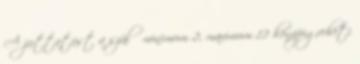
A juttatást a szülő minimum 2, maximum 12 hónapigveheti